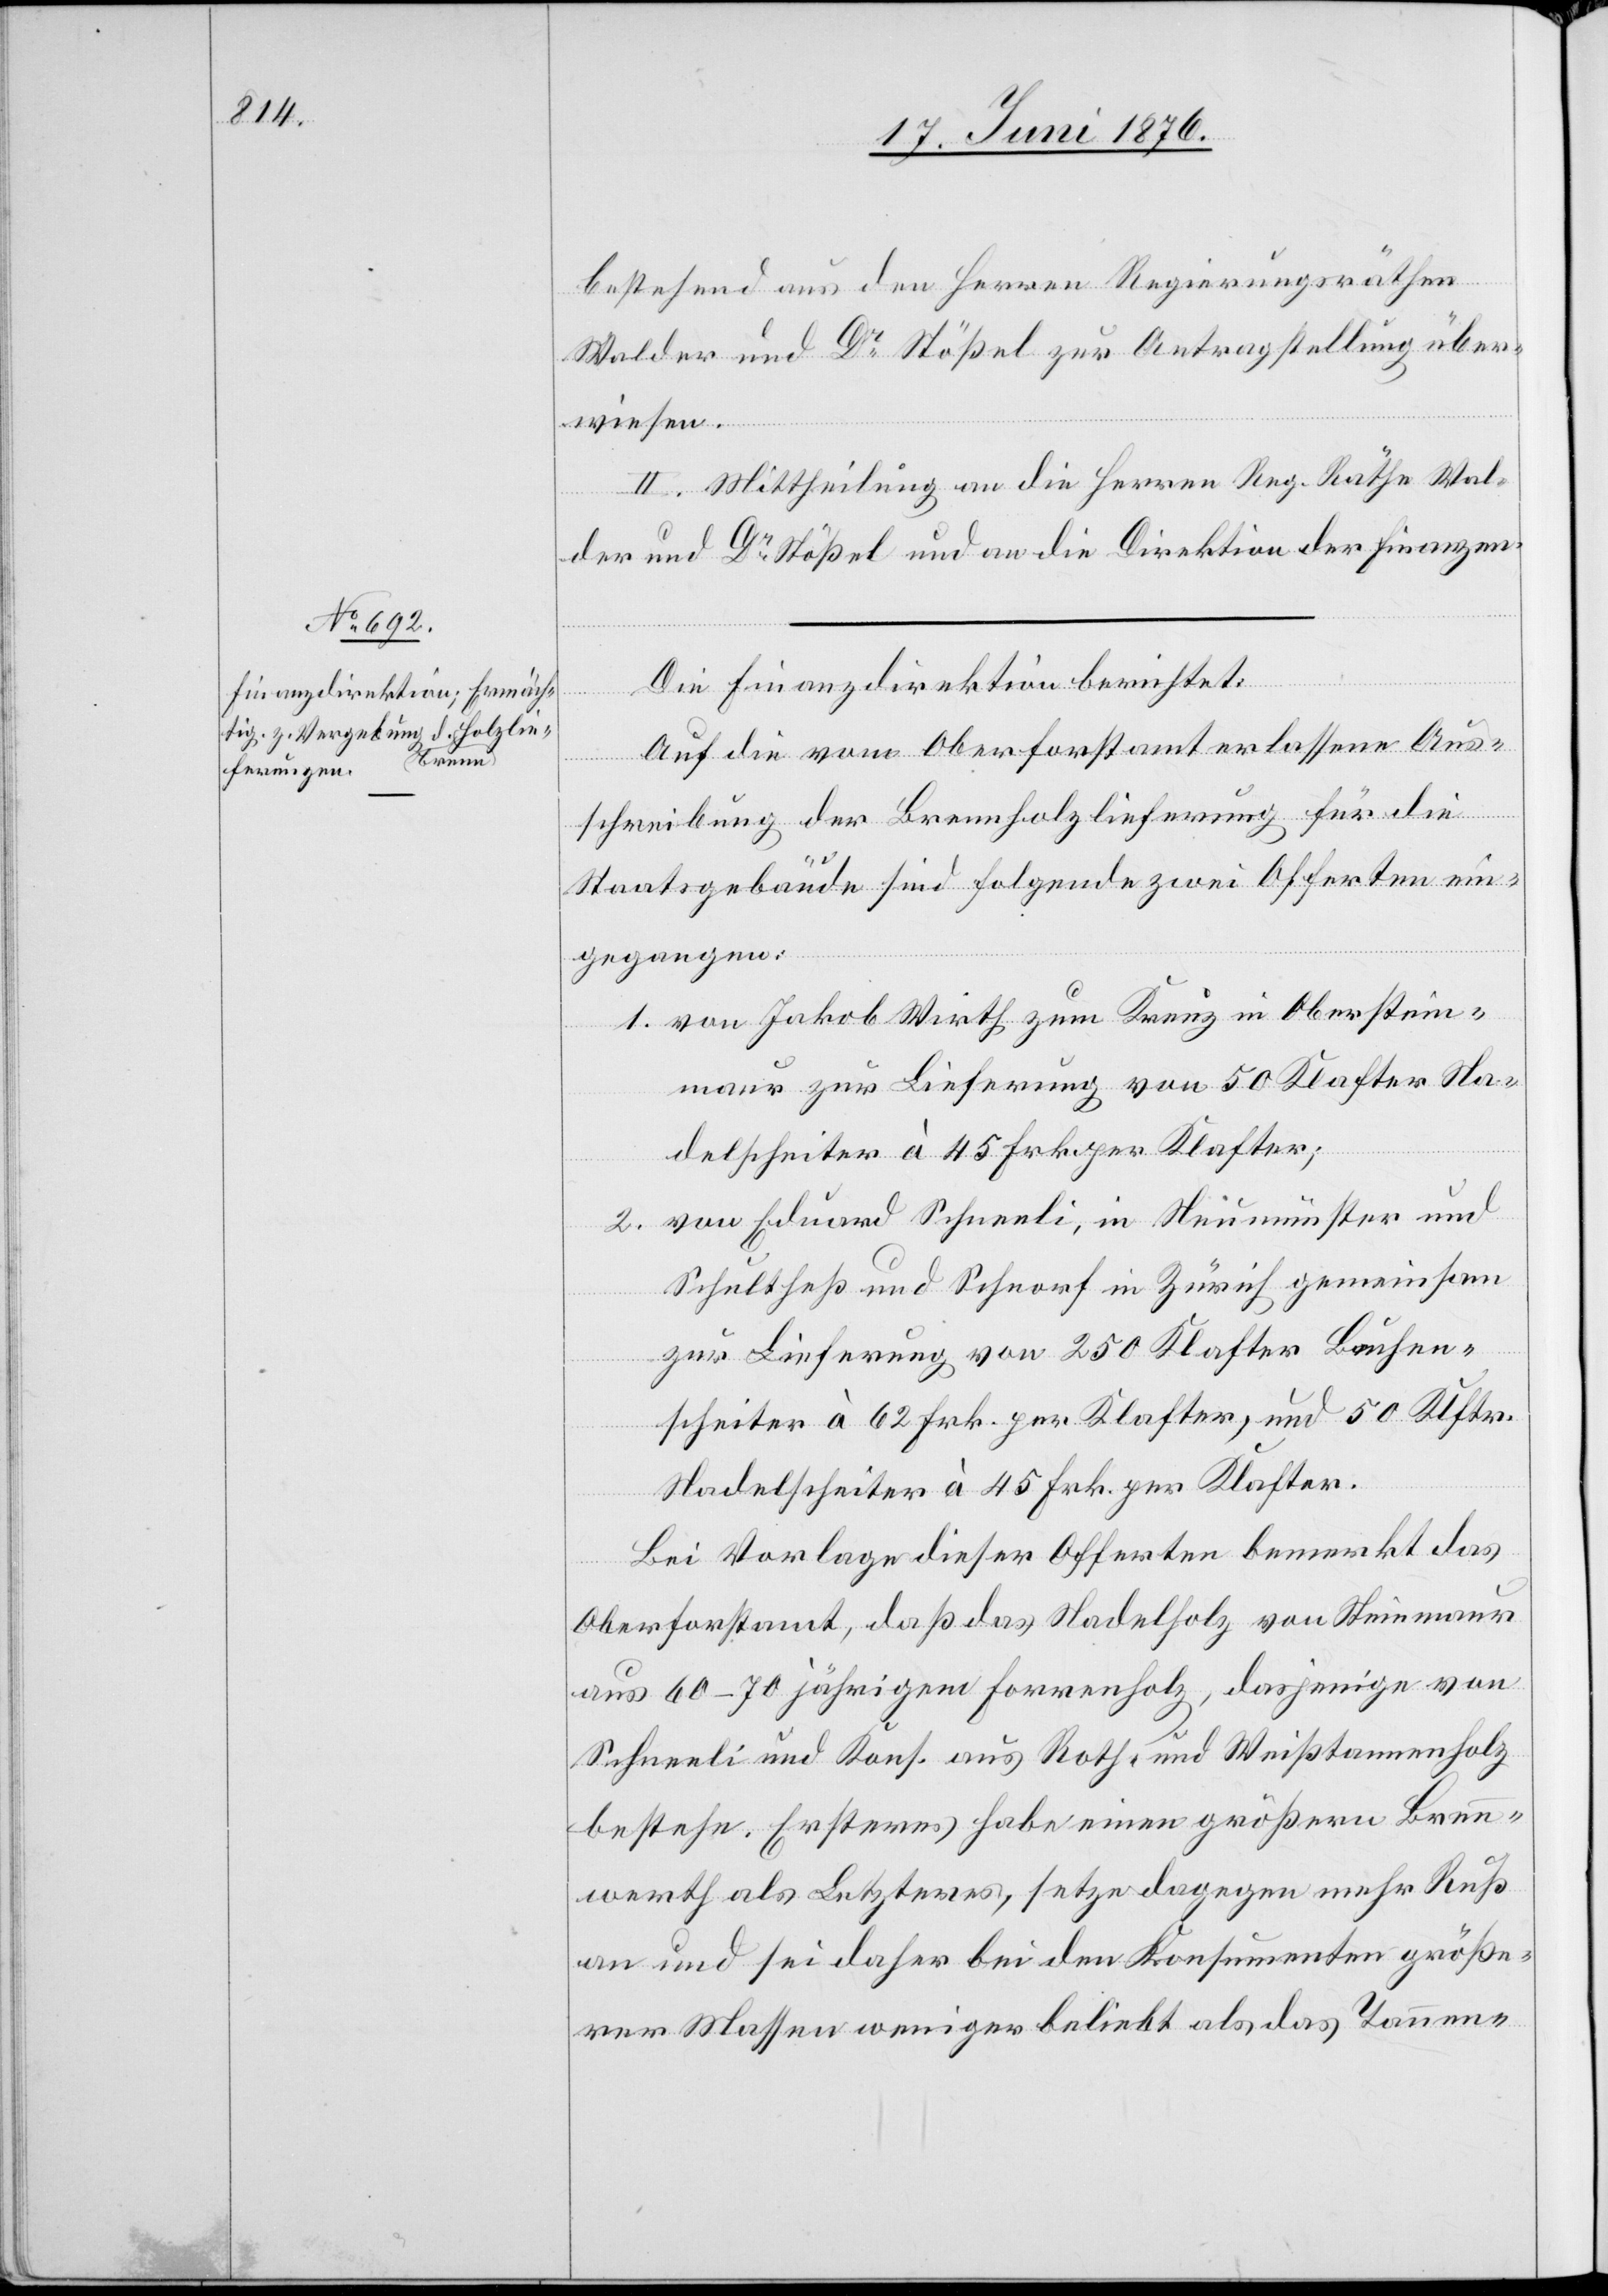
bestehend aus den Herren Regierungsräthen
Walder und Dr Stößel zur Antragstellung über¬
wiesen.
II. Mittheilung an die Herren Reg. Räthe Wal¬
der und Dr Stößel und an die Direktion der Finanzen.
Die Finanzdirektion berichtet:
Auf die vom Oberforstamt erlassene Aus¬
schreibung der Brennholzlieferung für die
Staatsgebäude sind folgende zwei Offerten ein¬
gegangen:
1. von Jakob Wirth zum Kreuz in Oberstein¬
maur zur Lieferung von 50 Klafter Na¬
delscheiter à 45 Frk. per Klafter;
2. von Eduard Schneeli, in Steinmünster und
Schultheß und Schnorf in Zürich gemeinsam
zur Lieferung von 250 Klafter Buchen¬
scheiter à 62 Frk. per Klafter, und 50 Klftr.
Nadelscheiter à 45 Frk. per Klafter.
Bei Vorlage dieser Offerten bemerkt das
Oberforstamt, daß das Nadelholz von Steinmaur
aus 60–70 Jährigen Forrenholz, dasjenige von
Schneeli und Kons. aus Roth- und Weißtannenholz
bestehe. Ersteres habe einen größeren Bren¬
nwerth als Letzteres, setze dagegen mehr Ruß
an und sei daher bei den Konsumenten größe¬
rer Massen weniger beliebt als das Tannen-